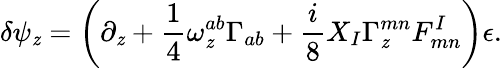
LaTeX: \delta\psi_{\mathit{z}}=\left(\partial_{\mathit{z}}+{\frac{{1}}{{4}}}\omega_{\mathit{z}}^{ab}\Gamma_{ab}+{\frac{{i}}{{8}}}X_{I}\Gamma_{\mathit{z}}^{mn}F_{mn}^{I}\right)\epsilon.